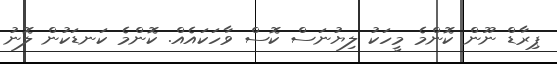
ޕިރާޑް ނޫން ކޮންމެ މީހަކު ލިޔުނަސް ކޮސް ވާހަކައެއް. ކޮންމެ ކަނޑަކުން ލޮނު